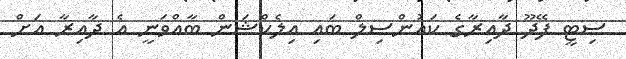
ސިޓީ ފޭދޫ ދާއިރާގެ ކައުންސިލް ބައި އިލެކްޝަން ބާއްވަނީ އެ ދާއިރާ އަށް